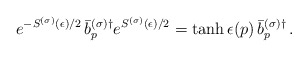
\begin{align*}e^{-S^{(\sigma)}(\epsilon)/2}\, \bar{b}^{(\sigma)\dagger}_p e^{S^{(\sigma)}(\epsilon)/2} =\tanh \epsilon(p) \,\bar{b}^{(\sigma)\dagger}_p \,.\end{align*}